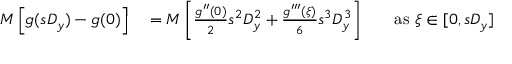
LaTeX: \begin{array} { r l r l } { M \left[ g ( s D _ { y } ) - g ( 0 ) \right] } & { { } = M \left[ { \frac { g ^ { \prime \prime } ( 0 ) } { 2 } } s ^ { 2 } D _ { y } ^ { 2 } + { \frac { g ^ { \prime \prime \prime } ( \xi ) } { 6 } } s ^ { 3 } D _ { y } ^ { 3 } \right] } & { } & { { } { \mathrm { a s ~ } } \xi \in [ 0 , s D _ { y } ] } \end{array}